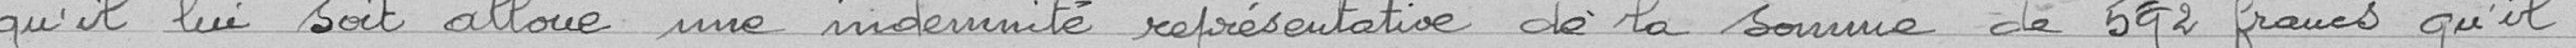
qu'il lui soit alloué une indemnité représentative de la somme de 592 francs, qu'il